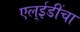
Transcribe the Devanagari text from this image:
एल्‌ईडींचा